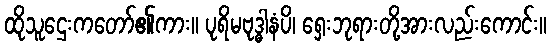
ထိုသူဌေးကတော်၏ကား။ ပုရိမဗုဒ္ဓါနံပိ၊ ရှေးဘုရားတို့အားလည်းကောင်း။